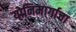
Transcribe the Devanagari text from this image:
योनिमार्गाचा